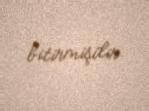
bitirmişdir.